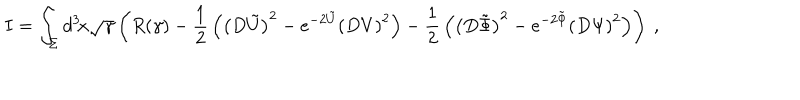
LaTeX: I = \int _ { \Sigma } d ^ { 3 } \! x \sqrt { \gamma } \left( R ( \gamma ) - { \frac { 1 } { 2 } } \left( \left( D \tilde { U } \right) ^ { 2 } - e ^ { - 2 \tilde { U } } \left( D V \right) ^ { 2 } \right) - { \frac { 1 } { 2 } } \left( \left( D \tilde { \Phi } \right) ^ { 2 } - e ^ { - 2 \tilde { \Phi } } \left( D \Psi \right) ^ { 2 } \right) \right) \ ,